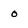
Character: o